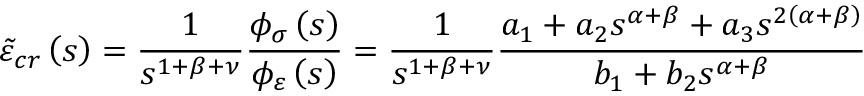
\tilde { \varepsilon } _ { c r } \left( s \right) = \frac { 1 } { s ^ { 1 + \beta + \nu } } \frac { \phi _ { \sigma } \left( s \right) } { \phi _ { \varepsilon } \left( s \right) } = \frac { 1 } { s ^ { 1 + \beta + \nu } } \frac { a _ { 1 } + a _ { 2 } s ^ { \alpha + \beta } + a _ { 3 } s ^ { 2 \left( \alpha + \beta \right) } } { b _ { 1 } + b _ { 2 } s ^ { \alpha + \beta } }